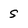
Character: S